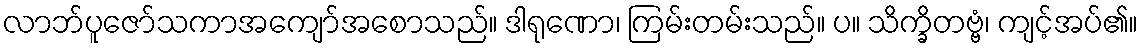
လာဘ်ပူဇော်သကာအကျော်အစောသည်။ ဒါရုဏော၊ ကြမ်းတမ်းသည်။ ပ။ သိက္ခိတဗ္ဗံ၊ ကျင့်အပ်၏။